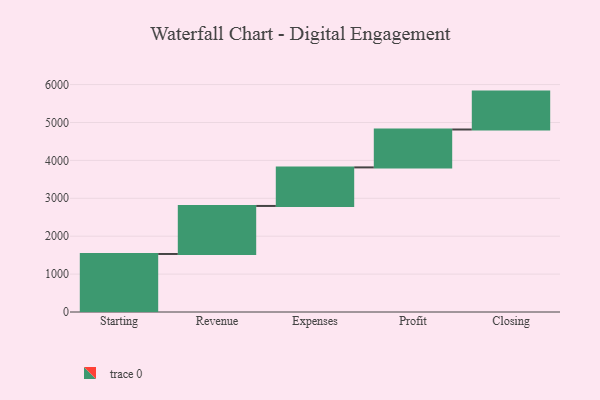
{"axis": {"x": "Step", "y": "Value"}, "legend": [""], "data": [{"x": "Starting", "y": 1531.0, "type": ""}, {"x": "Revenue", "y": 1267.0, "type": ""}, {"x": "Expenses", "y": 1017.0, "type": ""}, {"x": "Profit", "y": 1000, "type": ""}, {"x": "Closing", "y": 1000, "type": ""}]}